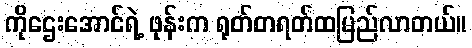
ကိုဌေးအောင်ရဲ့ ဖုန်းက ရုတ်တရတ်ထမြည်လာတယ်။